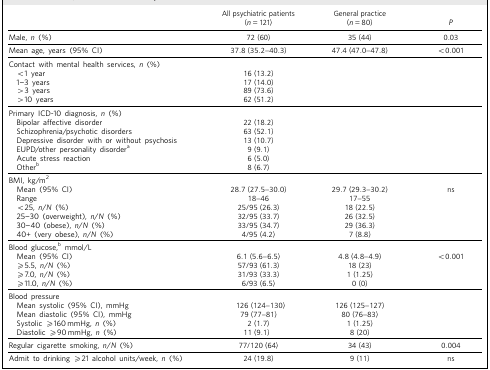
<table><thead><tr><td></td><td><b>All psychiatric patients(<i>n</i> = 121)</b></td><td><b>General practice(<i>n</i> = 80)</b></td><td><b><i>P</i></b></td></tr></thead><tbody><tr><td>Male, <i>n</i> (%)</td><td>72 (60)</td><td>35 (44)</td><td>0.03</td></tr><tr><td>Mean age, years (95% CI)</td><td>37.8 (35.2–40.3)</td><td>47.4(47.0–47.8)</td><td>&lt;0.001</td></tr><tr><td>Contact with mental health services, <i>n</i> (%)</td><td></td><td></td><td></td></tr><tr><td>&lt;1 year</td><td>16 (13.2)</td><td></td><td></td></tr><tr><td>1–3 years</td><td>17 (14.0)</td><td></td><td></td></tr><tr><td>&gt;3 years</td><td>89 (73.6)</td><td></td><td></td></tr><tr><td>&gt;10 years</td><td>62 (51.2)</td><td></td><td></td></tr><tr><td>Primary ICD-10 diagnosis, <i>n</i> (%)</td><td></td><td></td><td></td></tr><tr><td>Bipolar affective disorder</td><td>22 (18.2)</td><td></td><td></td></tr><tr><td>Schizophrenia/psychotic disorders</td><td>63 (52.1)</td><td></td><td></td></tr><tr><td>Depressive disorder with or without psychosis</td><td>13 (10.7)</td><td></td><td></td></tr><tr><td>EUPD/other personality disorder<sup>a</sup></td><td>9 (9.1)</td><td></td><td></td></tr><tr><td>Acute stress reaction</td><td>6 (5.0)</td><td></td><td></td></tr><tr><td>Other<sup>b</sup></td><td>8 (6.7)</td><td></td><td></td></tr><tr><td>BMI, kg/m<sup>2</sup></td><td></td><td></td><td></td></tr><tr><td>Mean (95% CI)</td><td>28.7 (27.5–30.0)</td><td>29.7 (29.3–30.2)</td><td>ns</td></tr><tr><td>Range</td><td>18–46</td><td>17–55</td><td></td></tr><tr><td>&lt;25, <i>n/N</i> (%)</td><td>25/95 (26.3)</td><td>18 (22.5)</td><td></td></tr><tr><td>25–30 (overweight), <i>n/N</i> (%)</td><td>32/95 (33.7)</td><td>26 (32.5)</td><td></td></tr><tr><td>30–40 (obese), <i>n/N</i> (%)</td><td>33/95 (34.7)</td><td>29 (36.3)</td><td></td></tr><tr><td>40+ (very obese), <i>n/N</i> (%)</td><td>4/95 (4.2)</td><td>7 (8.8)</td><td></td></tr><tr><td>Blood glucose,<sup>b</sup> mmol/L</td><td></td><td></td><td></td></tr><tr><td>Mean (95% CI)</td><td>6.1 (5.6–6.5)</td><td>4.8 (4.8–4.9)</td><td>&lt;0.001</td></tr><tr><td>⩾5.5, <i>n/N</i> (%)</td><td>57/93 (61.3)</td><td>18 (23)</td><td></td></tr><tr><td>⩾7.0, <i>n/N</i> (%)</td><td>31/93 (33.3)</td><td>1 (1.25)</td><td></td></tr><tr><td>⩾11.0, <i>n/N</i> (%)</td><td>6/93 (6.5)</td><td>0 (0)</td><td></td></tr><tr><td>Blood pressure</td><td></td><td></td><td></td></tr><tr><td>Mean systolic (95% CI), mmHg</td><td>126 (124–130)</td><td>126 (125–127)</td><td></td></tr><tr><td>Mean diastolic (95% CI), mmHg</td><td>79 (77–81)</td><td>80 (76–83)</td><td></td></tr><tr><td>Systolic ⩾160 mmHg, <i>n</i> (%)</td><td>2 (1.7)</td><td>1 (1.25)</td><td></td></tr><tr><td>Diastolic ⩾90 mmHg, <i>n</i> (%)</td><td>11 (9.1)</td><td>8 (20)</td><td></td></tr><tr><td>Regular cigarette smoking, <i>n/N</i> (%)</td><td>77/120 (64)</td><td>34 (43)</td><td>0.004</td></tr><tr><td>Admit to drinking ⩾21 alcohol units/week, <i>n</i> (%)</td><td>24 (19.8)</td><td>9 (11)</td><td>ns</td></tr></tbody></table>